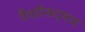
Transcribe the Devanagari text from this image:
वैचारिकदृष्‍ट्या